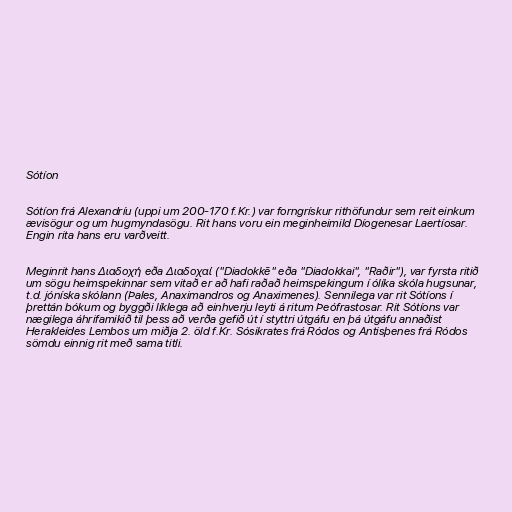
Sótíon

Sótíon frá Alexandríu (uppi um 200-170 f.Kr.) var forngrískur rithöfundur sem reit einkum
ævisögur og um hugmyndasögu. Rit hans voru ein meginheimild Díogenesar Laertíosar.
Engin rita hans eru varðveitt.

Meginrit hans Διαδοχή eða Διαδοχαί ("Diadokkē" eða "Diadokkai", "Raðir"), var fyrsta ritið
um sögu heimspekinnar sem vitað er að hafi raðað heimspekingum í ólíka skóla hugsunar,
t.d. jóníska skólann (Þales, Anaximandros og Anaximenes). Sennilega var rit Sótíons í
þrettán bókum og byggði líklega að einhverju leyti á ritum Þeófrastosar. Rit Sótíons var
nægilega áhrifamikið til þess að verða gefið út í styttri útgáfu en þá útgáfu annaðist
Herakleides Lembos um miðja 2. öld f.Kr. Sósikrates frá Ródos og Antisþenes frá Ródos
sömdu einnig rit með sama titli.